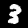
Label: 3